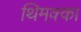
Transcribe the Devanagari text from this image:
थिमक्का